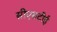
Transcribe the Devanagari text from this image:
सीएसटीई